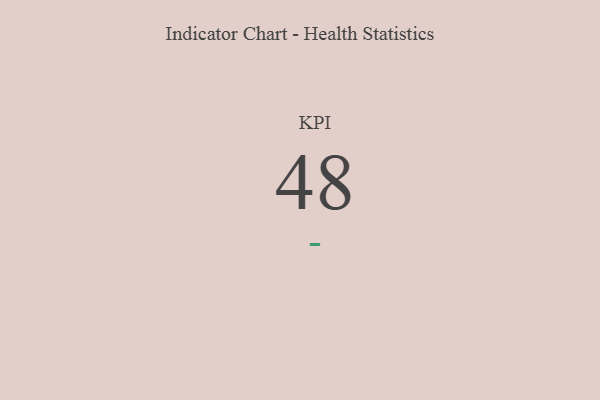
{"axis": {"x": "KPI", "y": "Value"}, "legend": [""], "data": [{"x": "KPI", "y": 48, "type": ""}]}